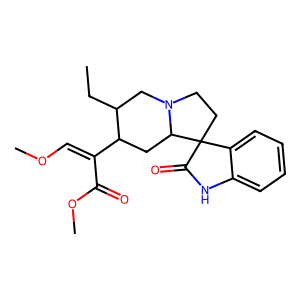
SMILES: CCC1CN2CCC3(C(=O)Nc4ccccc43)C2CC1C(=COC)C(=O)OC
Inhibits HIV replication: No